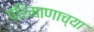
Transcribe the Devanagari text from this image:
परिमाणाच्या